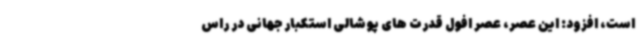
است، افزود: این عصر، عصر افول قدرت های پوشالی استکبار جهانی در راس